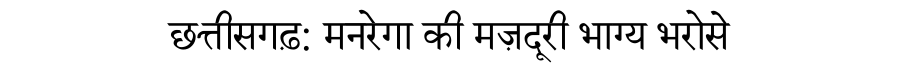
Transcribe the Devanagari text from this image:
छत्तीसगढ़: मनरेगा की मज़दूरी भाग्य भरोसे